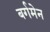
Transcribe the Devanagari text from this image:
बर्गमेन